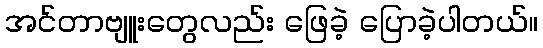
အင်တာဗျူးတွေလည်း ဖြေခဲ့ ပြောခဲ့ပါတယ်။